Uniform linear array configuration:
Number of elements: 64
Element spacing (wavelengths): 0.25
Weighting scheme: cosine
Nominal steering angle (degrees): -45
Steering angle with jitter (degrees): -45.745
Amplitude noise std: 0.05
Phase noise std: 0.05

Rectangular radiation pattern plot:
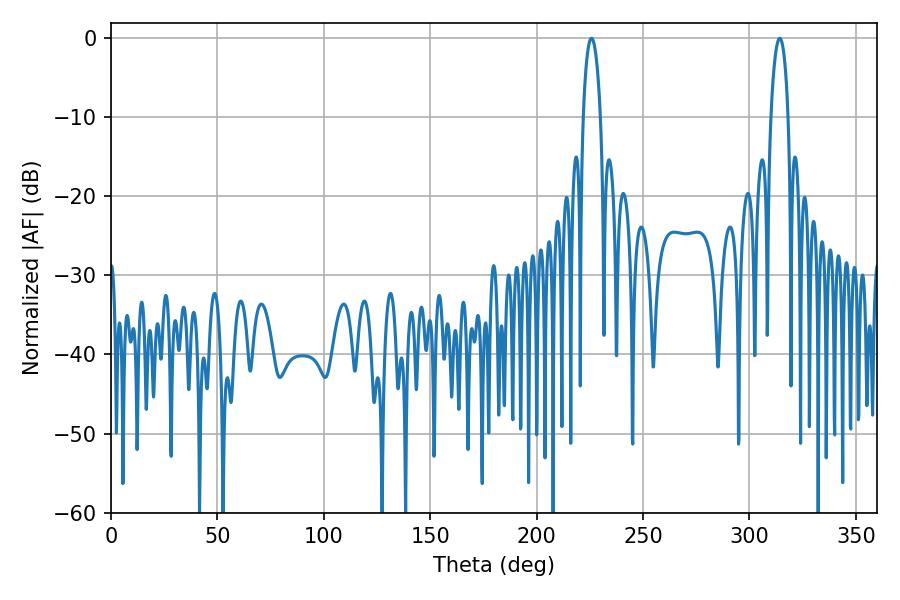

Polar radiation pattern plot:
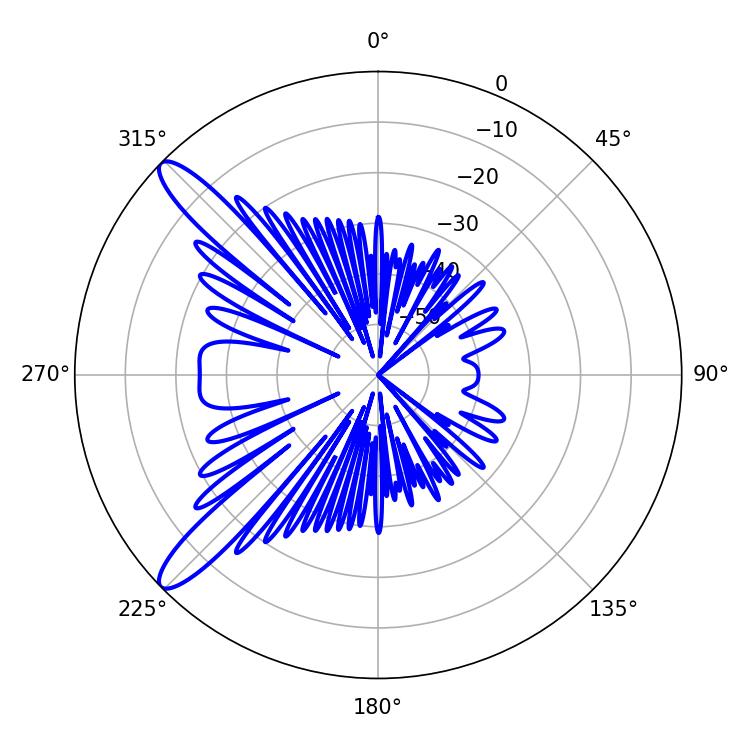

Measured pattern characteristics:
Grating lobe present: FALSE
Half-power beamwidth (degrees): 4.5
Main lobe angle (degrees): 225.72